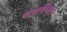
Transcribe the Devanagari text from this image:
बाप्तिज़्म